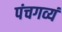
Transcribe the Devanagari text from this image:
पंचगव्यं